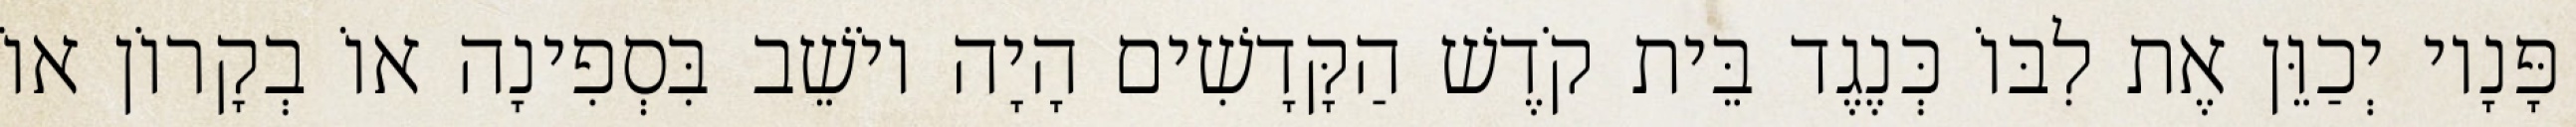
פָּנָיו יְכַוֵּן אֶת לִבּוֹ כְּנֶגֶד בֵּית קֹדֶשׁ הַקָּדָשִׁים הָיָה יוֹשֵׁב בִּסְפִינָה אוֹ בְקָרוֹן אוֹ